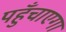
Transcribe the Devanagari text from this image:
पहुँचाएगा